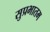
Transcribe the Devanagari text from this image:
सुप्रभातम